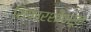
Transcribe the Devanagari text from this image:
शिफारशीवरून